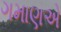
ગમાણએ